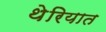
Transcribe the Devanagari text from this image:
थेरियात